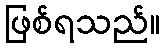
ဖြစ်ရသည်။